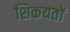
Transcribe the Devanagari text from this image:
शिकयतों